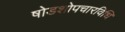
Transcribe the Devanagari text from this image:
षोडशोपचारविधि